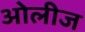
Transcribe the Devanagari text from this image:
ओलीज